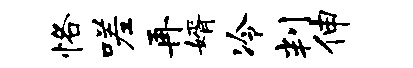
恪嗟再婿冷判伸